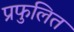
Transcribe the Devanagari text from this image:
प्रफुलित